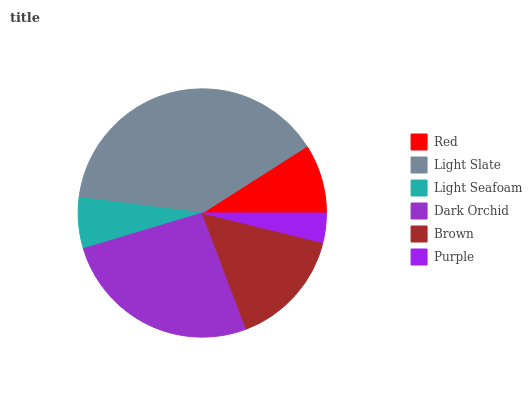
| Red | Light Slate | Light Seafoam | Dark Orchid | Brown | Purple |
 | --- | --- | --- | --- | --- | --- |
 | 9.02% | 39% | 6.64% | 26.1% | 15.4% | 3.82% |